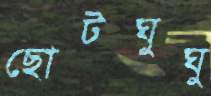
ছোটঘুঘু